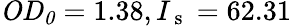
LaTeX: \mathrm{\mathit{OD_{0}}}=1.38,I_{\mathrm{~s~}}=62.31